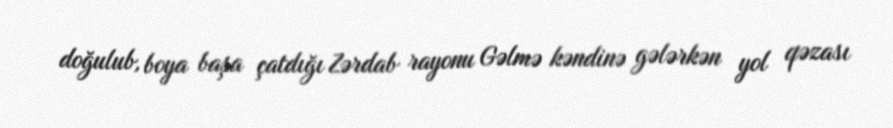
doğulub, boya başa çatdığı Zərdab rayonu Gəlmə kəndinə gələrkən yol qəzası